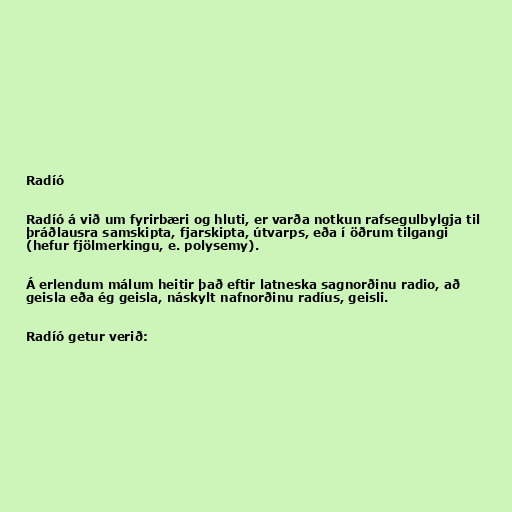
Radíó

Radíó á við um fyrirbæri og hluti, er varða notkun rafsegulbylgja til
þráðlausra samskipta, fjarskipta, útvarps, eða í öðrum tilgangi
(hefur fjölmerkingu, e. polysemy).

Á erlendum málum heitir það eftir latneska sagnorðinu radio, að
geisla eða ég geisla, náskylt nafnorðinu radíus, geisli.

Radíó getur verið: